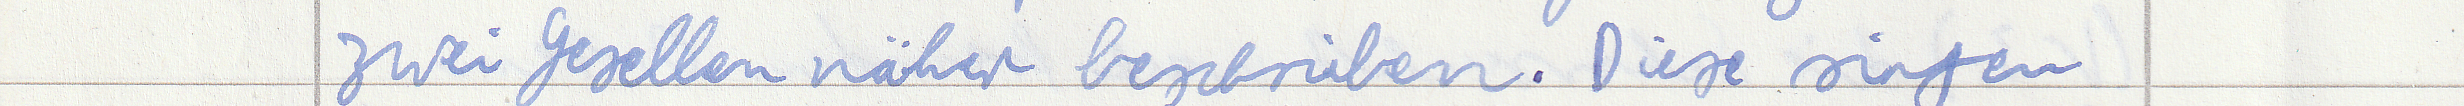
zwei Gesellen näher beschrieben. Diese singen